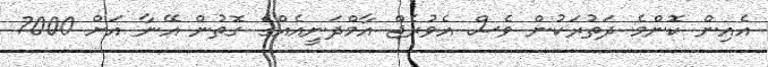
އެއިން ކޮންމެ ދަތުރަކުން ވެސް އެވުރެޖް އާމްދަނީއެއްގެ ގޮތުން އޭނާ އަށް 7000